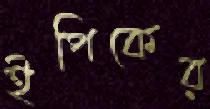
ইপিকের